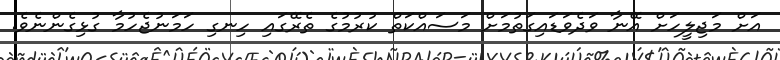
އަށް މަޖިލީހަށް އޭނާ ވަދެވަޑައިގަތުމަށް މަސައްކަތް ކުރުމުގެ ތެރޭގައި ހިނގި ހަމަނުޖެހުމާ ގުޅިގެންނެވެ.